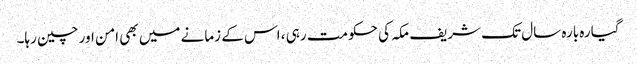
گیارہ بارہ سال تک شریف مکہ کی حکومت رہی ، اس کے زمانے میں بھی امن اور چین رہا۔